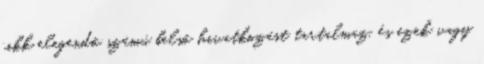
cikk elegendő számú belső hivatkozást tartalmaz, és ezek vagy